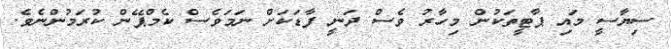
ސިޔާސީ މައި ޕާޓީތަކުން މިހާރު ވެސް ދަނީ ފާޑަކަށް ނަމަވެސް ކެމްޕޭން ކުރަމުންނެވެ.